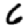
Digit: 6